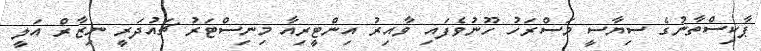
ޕާކިސްތާނުގެ ސިޔާސީ މަސްރަހު ހޫނުވެފައި ވާއިރު އިންޓީރިއާ މިނިސްޓަރު ޗައުދަރީ ނިޒާރް އަލީ